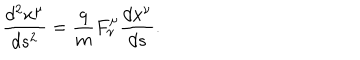
\frac { d ^ { 2 } x ^ { \mu } } { d s ^ { 2 } } = \frac { q } { m } F _ { \nu } ^ { \mu } \frac { d x ^ { \nu } } { d s } .